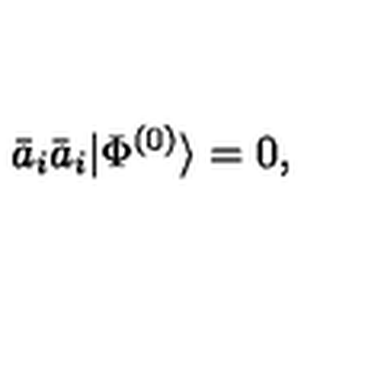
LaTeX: \bar { a } _ { i } \bar { a } _ { i } | \Phi ^ { ( 0 ) } \rangle = 0 ,